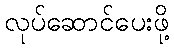
လုပ်ဆောင်ပေးဖို့